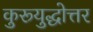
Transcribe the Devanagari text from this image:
कुरूयुद्धोत्तर